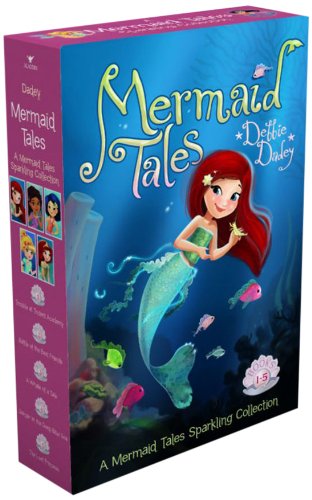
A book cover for A Mermaid Tales Sparkling Collection: Trouble at Trident Academy; Battle of the Best Friends; A Whale of a Tale; Danger in the Deep Blue Sea; The Lost Princess; Debbie Dadey; Children's Books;